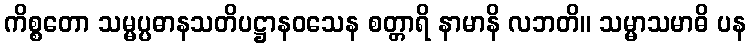
ကိစ္စတော သမ္မပ္ပဓာနသတိပဋ္ဌာနဝသေန စတ္တာရိ နာမာနိ လဘတိ။ သမ္မာသမာဓိ ပန